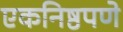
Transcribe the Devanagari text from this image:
एकनिष्ठपणे